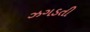
ઝગડતી